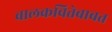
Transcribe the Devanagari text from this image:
बालकवितेबाबत